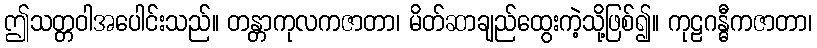
ဤသတ္တဝါအပေါင်းသည်။ တန္တာကုလကဇာတာ၊ မိတ်ဆာချည်ထွေးကဲ့သို့ဖြစ်၍။ ကုဠဂန္ဓီကဇာတာ၊